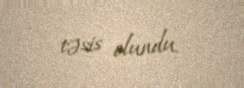
təsis olundu.